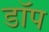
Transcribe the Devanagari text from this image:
डॉप